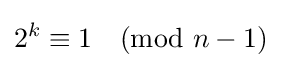
2^{k}\equiv 1{\pmod {n-1}}